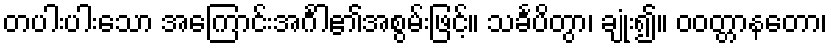
တပါးပါးသော အကြောင်းအင်္ဂါ၏အစွမ်းဖြင့်။ သင်္ခပိတွာ၊ ချုံး၍။ ဝဝတ္တာနတော၊